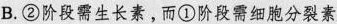
B.②阶段需生长素，而①阶段需细胞分裂素